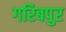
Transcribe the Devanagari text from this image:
गरिबपुर